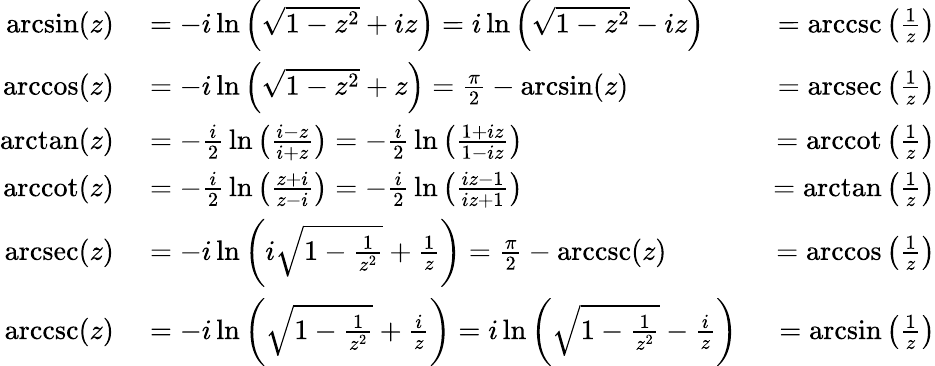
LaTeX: \begin{array}{rlr}{\arcsin(z)}&{{}{}=-i\ln\left({\sqrt{1-z^{2}}}+iz\right)=i\ln\left({\sqrt{1-z^{2}}}-iz\right)}&{{}=\operatorname{arccsc}\left({\frac{1}{z}}\right)}\\ {\operatorname{arccos}(z)}&{{}{}=-i\ln\left({\sqrt{1-z^{2}}}+z\right)={\frac{\pi}{2}}-\arcsin(z)}&{{}=\operatorname{arcsec}\left({\frac{1}{z}}\right)}\\ {\arctan(z)}&{{}{}=-{\frac{i}{2}}\ln\left({\frac{i-z}{i+z}}\right)=-{\frac{i}{2}}\ln\left({\frac{1+iz}{1-iz}}\right)}&{{}=\operatorname{arccot}\left({\frac{1}{z}}\right)}\\ {\operatorname{arccot}(z)}&{{}{}=-{\frac{i}{2}}\ln\left({\frac{z+i}{z-i}}\right)=-{\frac{i}{2}}\ln\left({\frac{iz-1}{iz+1}}\right)}&{{}=\arctan\left({\frac{1}{z}}\right)}\\ {\operatorname{arcsec}(z)}&{{}{}=-i\ln\left(i{\sqrt{1-{\frac{1}{z^{2}}}}}+{\frac{1}{z}}\right)={\frac{\pi}{2}}-\operatorname{arccsc}(z)}&{{}=\operatorname{arccos}\left({\frac{1}{z}}\right)}\\ {\operatorname{arccsc}(z)}&{{}{}=-i\ln\left({\sqrt{1-{\frac{1}{z^{2}}}}}+{\frac{i}{z}}\right)=i\ln\left({\sqrt{1-{\frac{1}{z^{2}}}}}-{\frac{i}{z}}\right)}&{{}=\arcsin\left({\frac{1}{z}}\right)}\end{array}